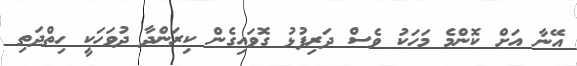
އޭނާ އަށް ކޮންމެ މަހަކު ވެސް ދަރިފުޅު ގޮވައިގެން ކިރަންދާ ދުވަހަކީ ހިތްދަތި